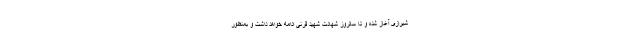
شیرازی آغاز شده و تا سالروز شهادت شهید قرنی ادامه خواهد داشت و بمنظور